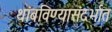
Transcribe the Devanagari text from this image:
थांबविण्यासंदर्भात